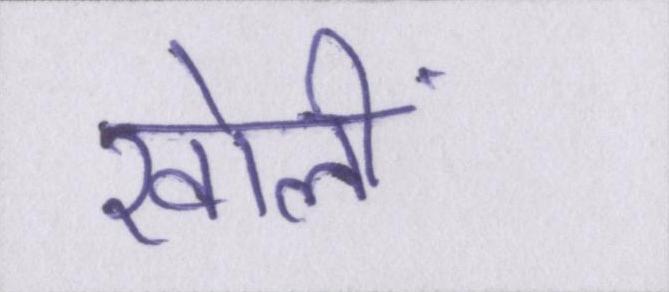
खोलीं